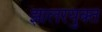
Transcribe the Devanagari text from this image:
झालरयुक्त